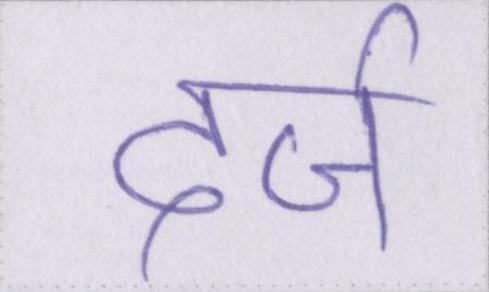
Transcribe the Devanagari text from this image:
दर्ज